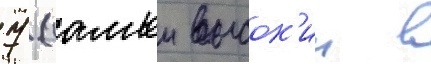
7 (самыи высок'ии в